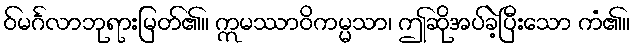
ဝ်မင်္ဂလာဘုရားမြတ်၏။ ဣမဿာဝိကမ္မသာ၊ ဤဆိုအပ်ခဲ့ပြီးသော ကံ၏။